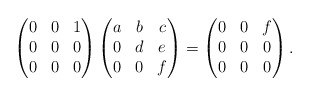
\begin{align*}\begin{pmatrix}0 & 0 & 1\\0 & 0 & 0\\0 & 0 & 0\\\end{pmatrix}\begin{pmatrix}a & b & c\\0 & d & e\\0 & 0 & f\\\end{pmatrix}=\begin{pmatrix}0 & 0 & f\\0 & 0 & 0\\0 & 0 & 0\\\end{pmatrix}.\end{align*}